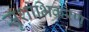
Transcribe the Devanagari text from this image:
सुशोभिकरण